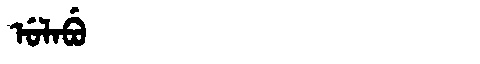
Manchu: ᡠᠯᠠᠪᡠ
Romanization: ULABU